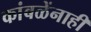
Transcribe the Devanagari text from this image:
कांबळेंनाही